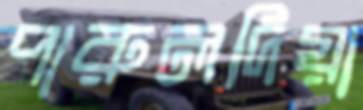
পারুলদিয়া